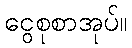
ငွေစုစာအုပ်။